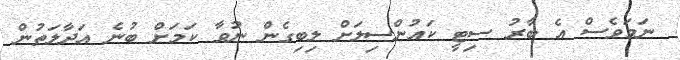
ނަމަވެސް އެ ބާރު ސިޓީ ކައުންސިލަށް ލިބިގެން ނުވާ ކަމަށް ބުނެ އަދާލަތުން